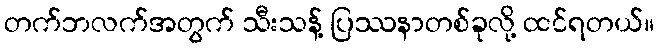
တက်ဘလက်အတွက် သီးသန့် ပြဿနာတစ်ခုလို့ ထင်ရတယ်။